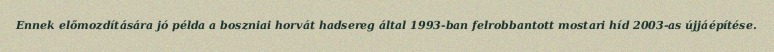
Ennek előmozdítására jó példa a boszniai horvát hadsereg által 1993-ban felrobbantott mostari híd 2003-as újjáépítése.